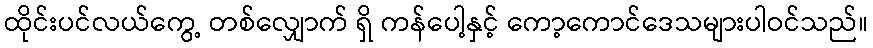
ထိုင်းပင်လယ်ကွေ့ တစ်လျှောက် ရှိ ကန်ပေါ့နှင့် ကော့ကောင်ဒေသများပါဝင်သည်။